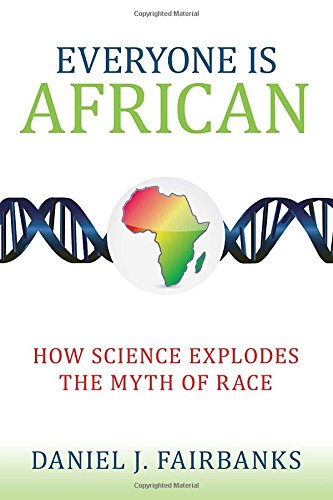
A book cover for Everyone Is African: How Science Explodes the Myth of Race; Daniel J. Fairbanks; Politics & Social Sciences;